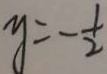
y = - \frac { 1 } { 2 }